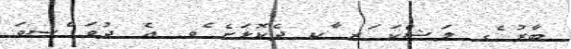
ބާރު ެގ ލަޝްކަ ަރ ާކ ދެކޮޅަށެ ެވ. އެ ދުވަ ްސވަ